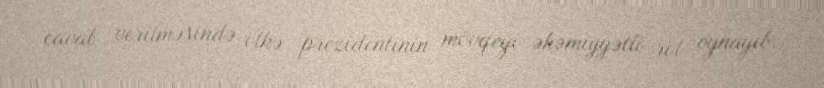
cavab verilməsində ölkə prezidentinin mövqeyi əhəmiyyətli rol oynayıb.